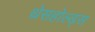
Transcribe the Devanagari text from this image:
थ्रेसहोल्ड्स